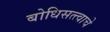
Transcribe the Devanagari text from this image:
बोधिसत्त्वाचे